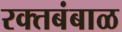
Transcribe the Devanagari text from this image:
रक्‍तबंबाळ